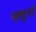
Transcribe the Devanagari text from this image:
प्ख़्यूनों